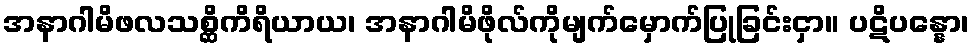
အနာဂါမိဖလသစ္ဆိကိရိယာယ၊ အနာဂါမိဖိုလ်ကိုမျက်မှောက်ပြုခြင်းငှာ။ ပဋိပန္နော၊